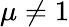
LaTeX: \mu\neq 1